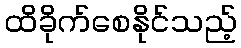
ထိခိုက်စေနိုင်သည့်